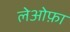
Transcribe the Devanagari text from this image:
लेओफ़ा